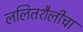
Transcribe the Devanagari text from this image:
ललितशैलीचा